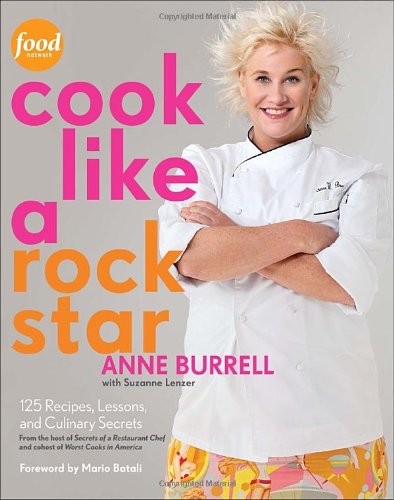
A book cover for Cook Like a Rock Star: 125 Recipes, Lessons, and Culinary Secrets; Anne Burrell; Cookbooks, Food & Wine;